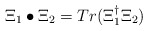
\begin{align*}\Xi_1 \bullet \Xi_2 = Tr(\Xi_1^\dagger \Xi_2)\end{align*}